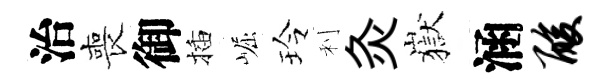
治喪御插崛玲利灸嶽涵酸